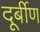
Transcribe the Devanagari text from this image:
दूर्बीण